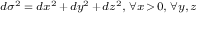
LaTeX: \scriptstyle d \sigma ^ { 2 } \; = \; d x ^ { 2 } \, + \, d y ^ { 2 } \, + \, d z ^ { 2 } , \; \forall x \, > \, 0 , \; \forall y , \, z